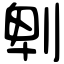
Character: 𠜱